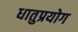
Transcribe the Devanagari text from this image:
धातुप्रयोग